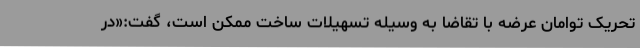
تحریک توامان عرضه با تقاضا به وسیله تسهیلات ساخت ممکن است، گفت:«در